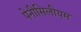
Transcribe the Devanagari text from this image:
पेनीसिलीयम